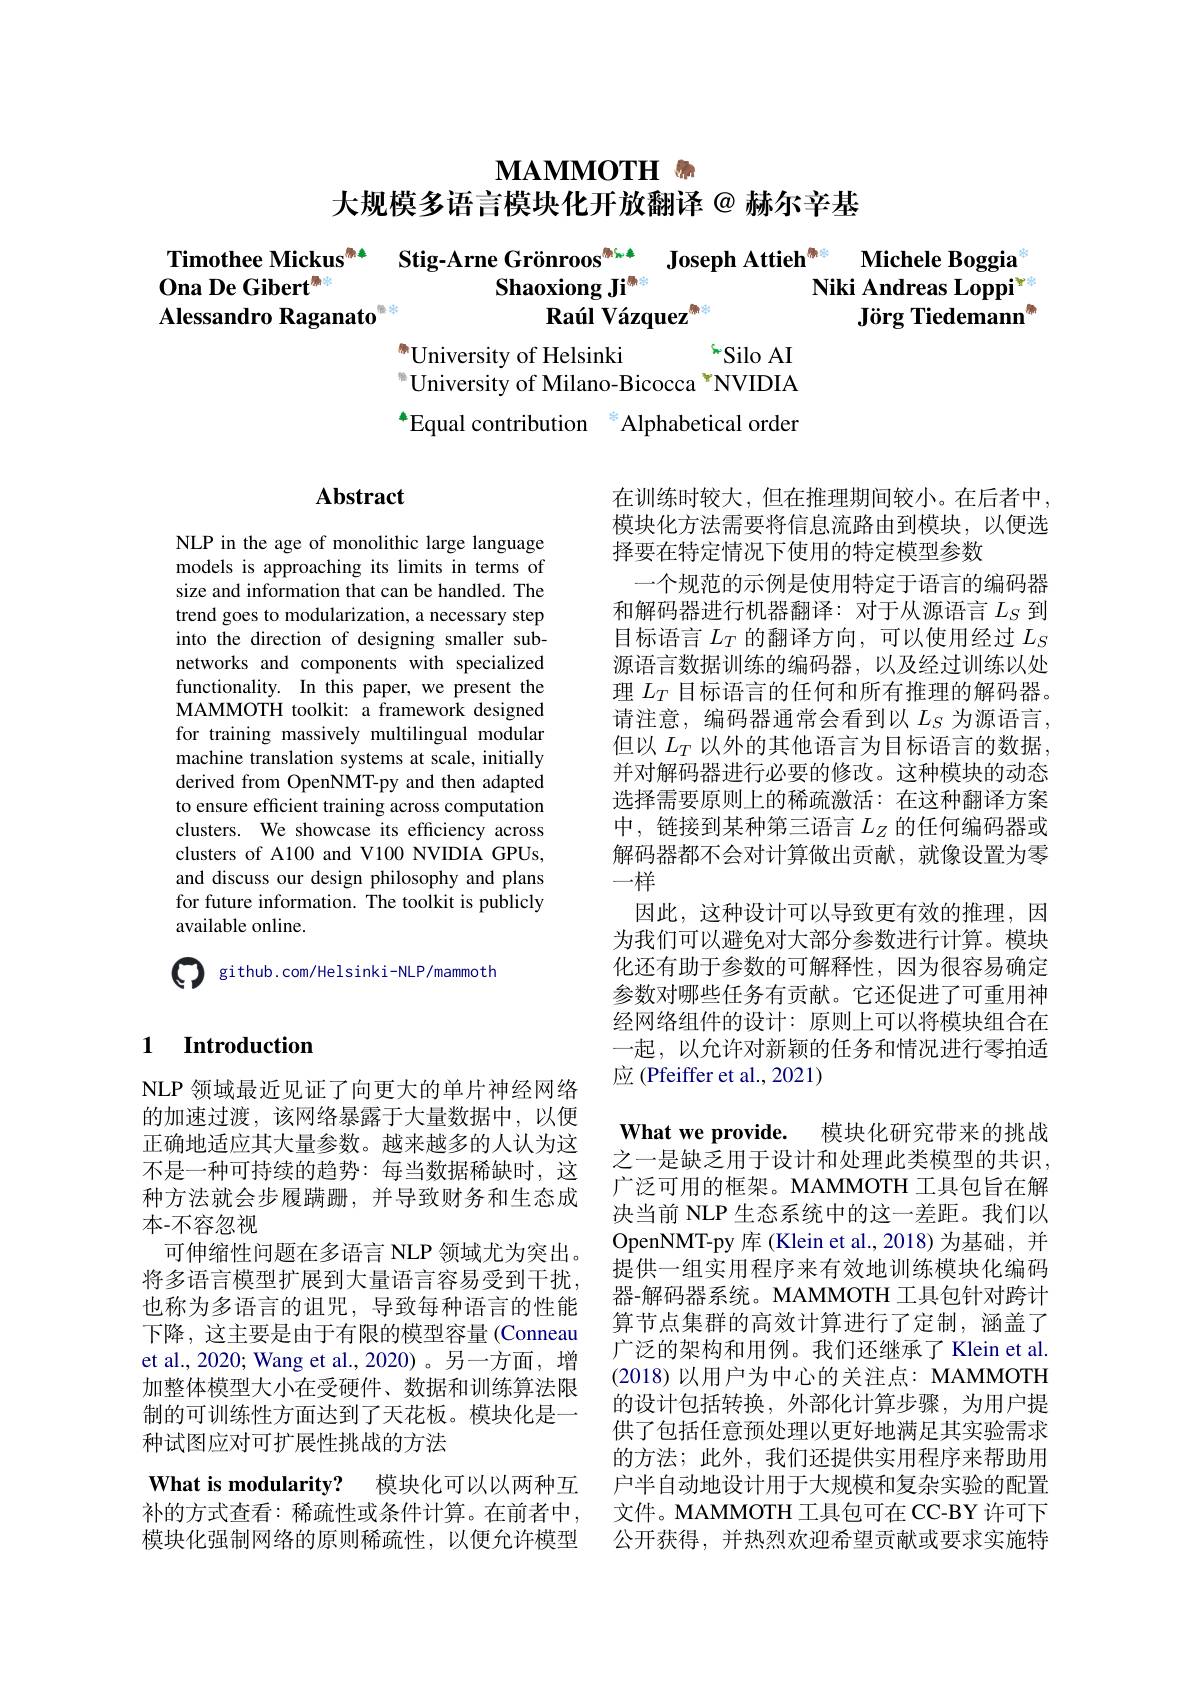
$\textbf{МАММОТН }_{n}$

大规模多语言模块化开放翻译@赫尔辛基

Timothee Mickus$^{\text{第年}}$ Stig-Arne Grönroos$^{\text{第64年}}$ Joseph Attieh$^{(\mathrm{d})}$
Michele Boggia
Ona De Gibert$^{(\mathrm{m})}$
Shaoxiong Ji$^{\text{需求}}$
Niki Andreas Loppi$^{\text{ras}}$
Alessandro Raganato$^{\text{管水}}$
Raúl Vázquez
$\textbf{Jörg Tiedemann}^{\text{o}}$

$^{\text{M}}$University of Helsinki
siloAI
鲁University of Milano-Bicocca "NVIDIA $^{*}$Equal contribution $^{\text{各}}$Alphabetical order

# Abstract

NLP in the age of monolithic large language models is approaching its limits in terms of size and information that can be handled. The trend goes to modularization, a necessary step into the direction of designing smaller subnetworks and components with specialized functionality. In this paper, we present the MAMMOTH toolkit: a framework designed for training massively multilingual modular machine translation systems at scale, initially derived from OpenNMT-py and then adapted to ensure efficient training across computation clusters. We showcase its efficiency across clusters of A100 and V100 NVIDIA GPUs, and discuss our design philosophy and plans for future information. The toolkit is publicly available online.

在训练时较大，但在推理期间较小。在后者中， 模块化方法需要将信息流路由到模块，以便选择要在特定情况下使用的特定模型参数
一个规范的示例是使用特定于语言的编码器和解码器进行机器翻译：对于从源语言$L_S$ 到目标语言$L_T$的翻译方向，可以使用经过$L_S$ 源语言数据训练的编码器，以及经过训练以处理$L_T$目标语言的任何和所有推理的解码器。请注意，编码器通常会看到以$L_S$为源语言， 但以$L_T$以外的其他语言为目标语言的数据， 并对解码器进行必要的修改。这种模块的动态选择需要原则上的稀疏激活：在这种翻译方案中，链接到某种第三语言$L_Z$的任何编码器或解码器都不会对计算做出贡献，就像设置为零一样
因此，这种设计可以导致更有效的推理，因为我们可以避免对大部分参数进行计算。模块化还有助于参数的可解释性，因为很容易确定参数对哪些任务有贡献。它还促进了可重用神经网络组件的设计：原则上可以将模块组合在一起，以允许对新颖的任务和情况进行零拍适应 (Pfeiffer et al., 2021)

Q github.com/Helsinki-NLP/mammoth

## 1 $\textbf{Introduction}$

NLP 领域最近见证了向更大的单片神经网络的加速过渡，该网络暴露于大量数据中，以便正确地适应其大量参数。越来越多的人认为这不是一种可持续的趋势：每当数据稀缺时，这种方法就会步履蹒跚，并导致财务和生态成本-不容忽视
可伸缩性问题在多语言 NLP 领域尤为突出。将多语言模型扩展到大量语言容易受到干扰， 也称为多语言的诅咒，导致每种语言的性能下降，这主要是由于有限的模型容量 (Conneau et al., 2020; Wang et al., 2020)。另一方面，增加整体模型大小在受硬件、数据和训练算法限制的可训练性方面达到了天花板。模块化是一种试图应对可扩展性挑战的方法
What is modularity? 模块化可以以两种互补的方式查看：稀疏性或条件计算。在前者中， 模块化强制网络的原则稀疏性，以便允许模型

What we provide. 模块化研究带来的挑战之一是缺乏用于设计和处理此类模型的共识， 广泛可用的框架。MAMMOTH 工具包旨在解决当前 NLP 生态系统中的这一差距。我们以OpenNMT- py 库(Klein et al.,2018)为基础，并提供一组实用程序来有效地训练模块化编码器-解码器系统。MAMMOTH 工具包针对跨计算节点集群的高效计算进行了定制，涵盖了广泛的架构和用例。我们还继承了 Klein et al. (2018)以用户为中心的关注点：MAMMOTH 的设计包括转换，外部化计算步骤，为用户提供了包括任意预处理以更好地满足其实验需求的方法；此外，我们还提供实用程序来帮助用户半自动地设计用于大规模和复杂实验的配置文件。MAMMOTH 工具包可在 CC-BY 许可下公开获得，并热烈欢迎希望贡献或要求实施特